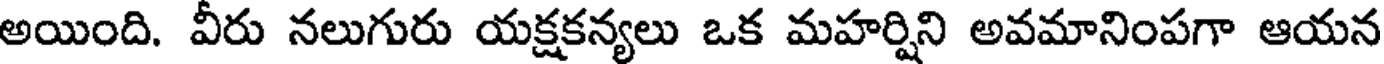
అయింది. వీరు నలుగురు యక్షకన్యలు ఒక మహర్షిని అవమానింపగా ఆయన